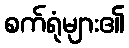
စက်ရုံများ၏